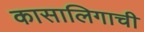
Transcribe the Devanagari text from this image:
कासालिगाची